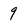
Character: 9